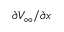
\partial V _ { \infty } / \partial x